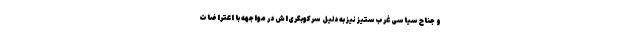
و جناح سیاسی غرب‌ستیز نیز به دلیل سرکوبگری‌اش در مواجهه با اعتراضات